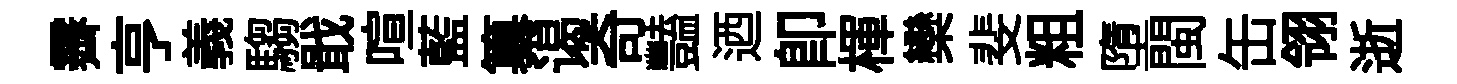
霽亨義騶戢喧藍纂谒奇豔迺卽楎欒斐粗墮閩缶翎逝